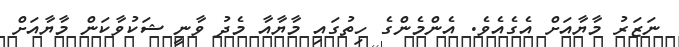
ނަޒަރު މާޔާއަށް އެގެއެވެ. އެންމެންގެ ހިތުގައި މާޔާއާ މެދު ވާނީ ޝަކުވާކަން މާޔާއަށް